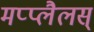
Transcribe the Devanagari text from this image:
मप्प्लैलस्